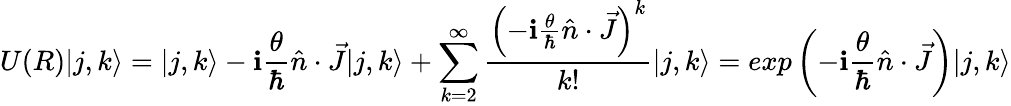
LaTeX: U(R)|j,k\rangle=|j,k\rangle-\mathbf{i}{\frac{{\theta}}{{\hbar}}}{\hat{{n}}}\cdot{\vec{{J}}}|j,k\rangle+\sum_{k=2}^{\infty}{\frac{{\left(-\mathbf{i}{\frac{{\theta}}{{\hbar}}}{\hat{{n}}}\cdot{\vec{{J}}}\right)^{k}}}{{k!}}}|j,k\rangle=exp\left({-\mathbf{i}{\frac{{\theta}}{{\hbar}}}{\hat{{n}}}\cdot{\vec{{J}}}}\right)|j,k\rangle